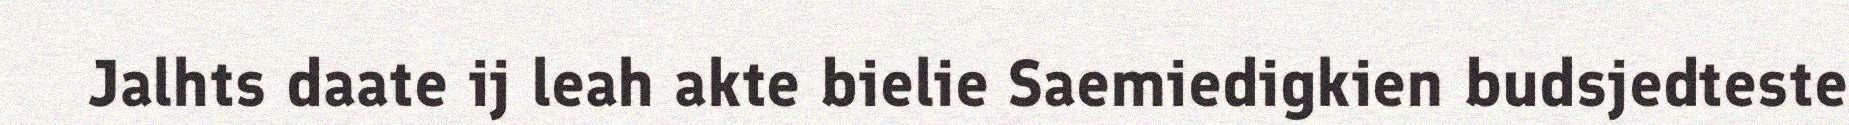
Jalhts daate ij leah akte bielie Saemiedigkien budsjedteste